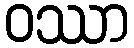
ဝဿာ